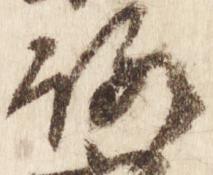
路